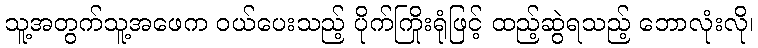
သူ့အတွက်သူ့အဖေက ဝယ်ပေးသည့် ပိုက်ကြိုးရုံဖြင့် ထည့်ဆွဲရသည့် ဘောလုံးလို၊